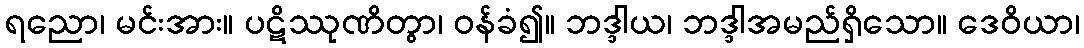
ရညော၊ မင်းအား။ ပဋိဿုဏိတွာ၊ ဝန်ခံ၍။ ဘဒ္ဒါယ၊ ဘဒ္ဒါအမည်ရှိသော။ ဒေဝိယာ၊